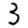
Digit: 3